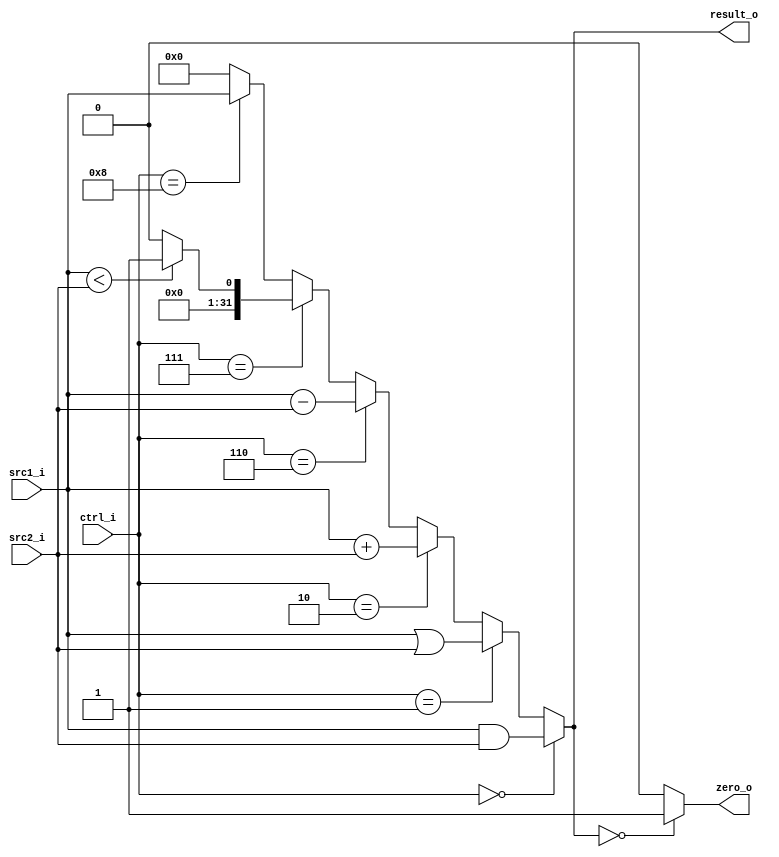
//Subject:     CO project 2 - ALU
//--------------------------------------------------------------------------------
//Version:     1
//--------------------------------------------------------------------------------
//Writer:      
//----------------------------------------------
//Date:        
//----------------------------------------------
//Description: 
//--------------------------------------------------------------------------------

module ALU(
    src1_i,
	src2_i,
	ctrl_i,
	result_o,
	zero_o
	);
     
//I/O ports
input  [32-1:0]  src1_i;
input  [32-1:0]	 src2_i;
input  [4-1:0]   ctrl_i;

output [32-1:0]	 result_o;
output           zero_o;

//Internal signals
wire   [32-1:0]  result_o;
wire             zero_o;

//Parameter

//Main function
assign zero_o = result_o == 0? 1: 0;
assign result_o = (ctrl_i == 4'b0000)? src1_i & src2_i: // AND
                  (ctrl_i == 4'b0001)? src1_i | src2_i: // OR
                  (ctrl_i == 4'b0010)? src1_i + src2_i: // ADD
                  (ctrl_i == 4'b0110)? src1_i - src2_i: // SUB
                  (ctrl_i == 4'b0111)? ((src1_i < src2_i)? 1: 0): // SLT
                  (ctrl_i == 4'b1000)? src1_i: // jal
                  32'b0;

endmodule